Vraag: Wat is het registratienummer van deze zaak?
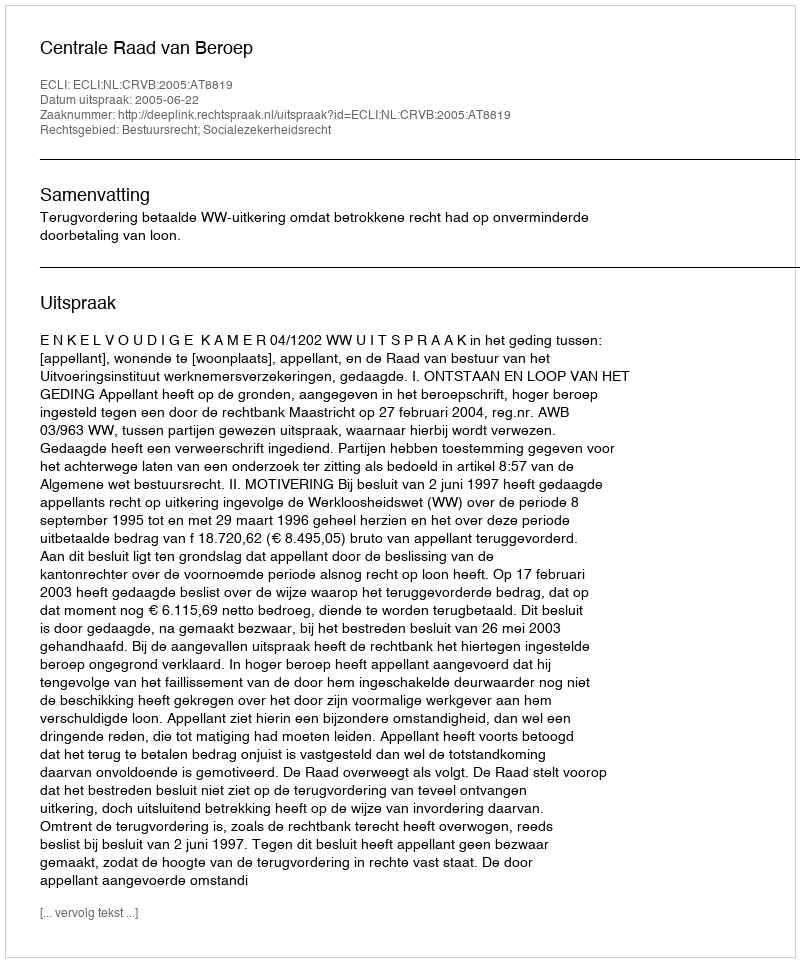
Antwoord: http://deeplink.rechtspraak.nl/uitspraak?id=ECLI:NL:CRVB:2005:AT8819